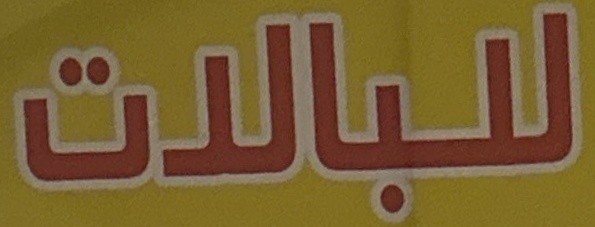
للبالات